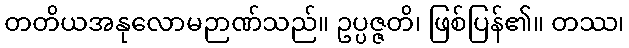
တတိယအနုလောမဉာဏ်သည်။ ဥပ္ပဇ္ဇတိ၊ ဖြစ်ပြန်၏။ တဿ၊